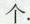
个.